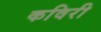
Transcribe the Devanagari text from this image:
कविरी